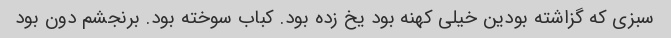
سبزی که گزاشته بودین خیلی کهنه بود یخ زده بود. کباب سوخته بود. برنجشم دون بود